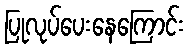
ပြုလုပ်ပေးနေကြောင်း